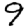
Digit: 9